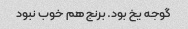
گوجه یخ بود. برنج هم خوب نبود